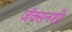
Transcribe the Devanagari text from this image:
जॅक्सनशी